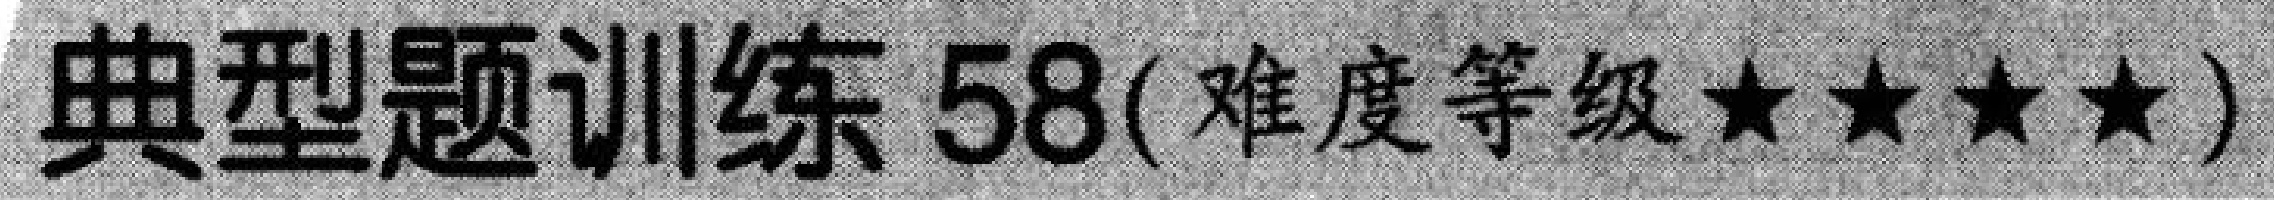
典型题训练 \(58(\text{难度等级}\star\star\star\star)\)